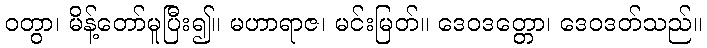
ဝတွာ၊ မိန့်တော်မူပြီး၍။ မဟာရာဇ၊ မင်းမြတ်။ ဒေဝဒတ္တော၊ ဒေဝဒတ်သည်။